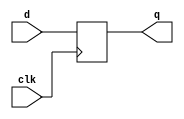
module dfflop(d,clk,q);
	input [3:0] d;
	input clk;
	output reg[3:0] q;
	initial q=4'b0;
	integer i;
	always @(posedge clk)
	begin
		for(i=0;i<4;i=i+1)
		begin
			q[i]<=d[i];
		end
	end
endmodule 

module register(A,clk,rst,q);
input [3:0] A;
input clk,rst;
output wire [3:0] q;
reg [3:0] d;
initial d=0;
integer i;
dfflop df(d,clk,q);
always @(posedge clk)
begin	
	if(rst==1'b1)
	begin
		for(i=0;i<4;i=i+1)
		begin
			d[i]<=1'b0;
		end
	end
	else
	begin
		for(i=0;i<4;i=i+1)
		begin
			d[i]<=A[i];
		end
	end
end
endmodule